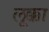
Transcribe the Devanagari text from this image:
लूक्का